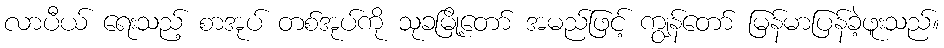
လာပီယ် ရေးသည့် စာအုပ် တစ်အုပ်ကို သုခမြို့တော် အမည်ဖြင့် ကျွန်တော် မြန်မာပြန်ခဲ့ဖူးသည်။